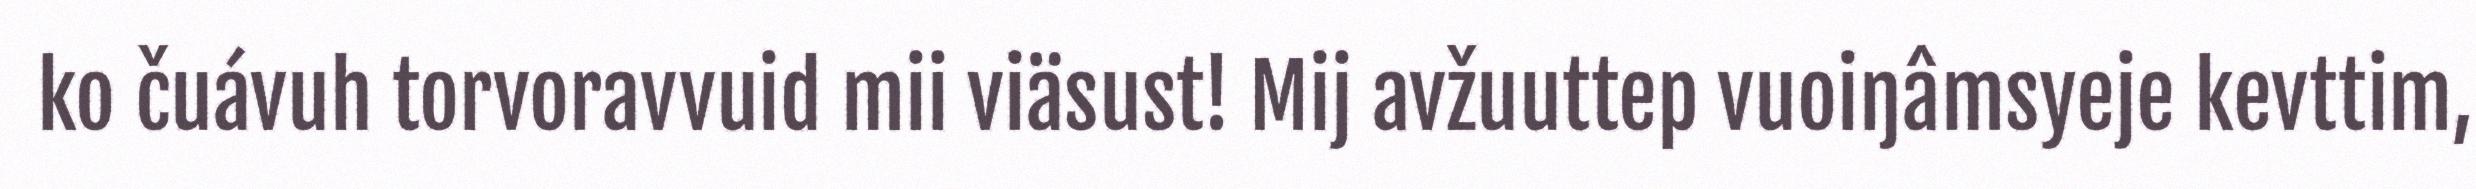
ko čuávuh torvoravvuid mii viäsust! Mij avžuuttep vuoiŋâmsyeje kevttim,